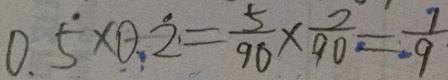
0 . \dot { 5 } \times 0 . \dot { 2 } = \frac { 5 } { 9 0 } \times \frac { 2 } { 9 0 } = \frac { 1 } { 9 }